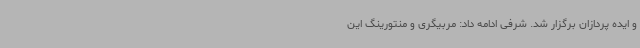
و ایده پردازان برگزار شد. شرفی ادامه داد: مربیگری و منتورینگ این